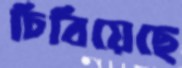
চিবিয়েছে